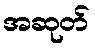
အဆုတ်